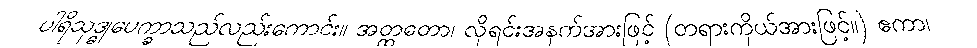
ပါရိသုဒ္ဓုပေက္ခာသည်လည်းကောင်း။ အတ္ထတော၊ လိုရင်းအနက်အားဖြင့် (တရားကိုယ်အားဖြင့်။) ဧကာ၊